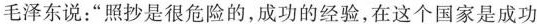
毛泽东说：”照抄是很危险的，成功的经验，在这个国家是成功